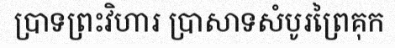
ប្រាទព្រះវិហារ ប្រាសាទសំបូរព្រៃគុក